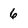
Character: 6